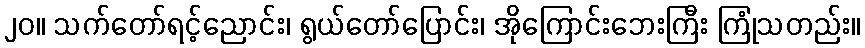
၂၀။ သက်တော်ရင့်ညောင်း၊ ရွယ်တော်ပြောင်း၊ အိုကြောင်းဘေးကြီး ကြုံသတည်း။